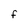
Character: F